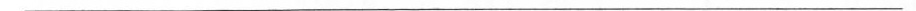
___